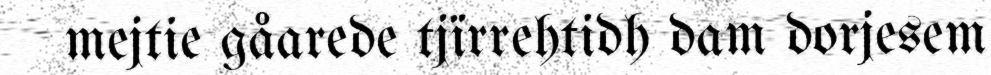
mejtie gåarede tjïrrehtidh dam dorjesem